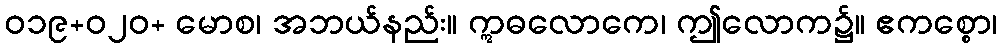
ဝ၁၉+၀၂ဝ+ မောစ၊ အဘယ်နည်း။ ဣဓလောကေ၊ ဤလောက၌။ ဧကစ္စော၊